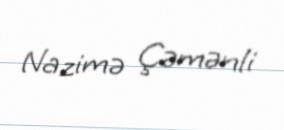
Nazimə Çəmənli